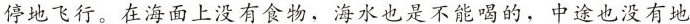
停地飞行。在海面上没有食物，海水也是不能喝的，中途也没有地